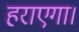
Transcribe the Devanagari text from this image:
हराएगा।